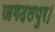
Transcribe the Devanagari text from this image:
जगदलपुर।